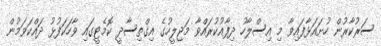
ސަރުކާރުން ހުށައަޅާފައިވާ މި އިސްލާހު ދިފާއުކުރައްވާ މަޖިލީހުގެ އިގްތިސާދީ ކޮމެޓީގައި ވާހަކަފުޅު ދައްކަވަމުން